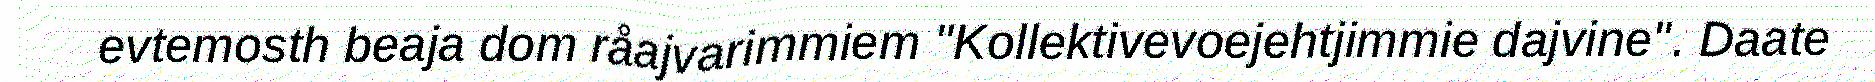
evtemosth beaja dom råajvarimmiem "Kollektivevoejehtjimmie dajvine". Daate